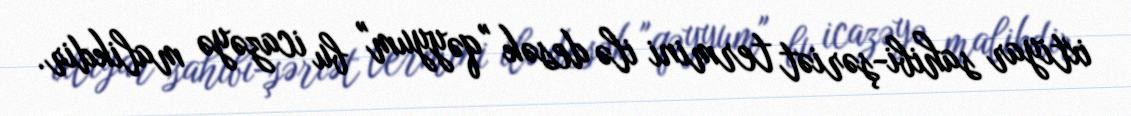
ixtiyar sahibi-şəriət termini ilə desək "qəyyum" bu icazəyə malikdir.